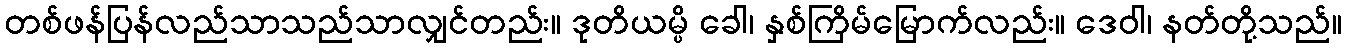
တစ်ဖန်ပြန်လည်သာသည်သာလျှင်တည်း။ ဒုတိယမ္ပိ ခေါ၊ နှစ်ကြိမ်မြောက်လည်း။ ဒေဝါ၊ နတ်တို့သည်။